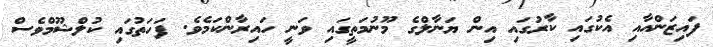
ފައިޒަންއާއި އެކުގައި ކާރުގައި އިން ޔަނާލްގެ މޫނުމަތީގައި ވަނީ ހައިރާންކަމެވެ. ފަހަތުގައި ކުލްޝޫމްވެސް